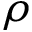
\rho